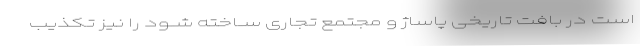
است در بافت تاریخی پاساژ و مجتمع تجاری ســاخته شــود را نیز تکذیب